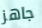
جاهز